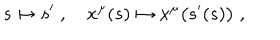
s \mapsto s ^ { \prime } \; , \quad x ^ { \mu } ( s ) \mapsto x ^ { \mu } \big ( s ^ { \prime } ( s ) \big ) \; ,